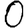
Digit: 0